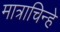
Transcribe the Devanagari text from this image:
मात्राचिन्हे